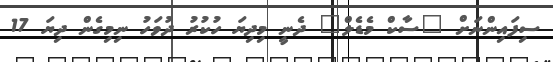
ސިފައިންނަށް "ސާކް މެޑެލް" ދެނީ މިދިޔަ ހުކުރު ދުވަހު ނިމިގެން ދިޔަ 17